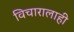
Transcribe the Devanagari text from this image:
विचारालाही